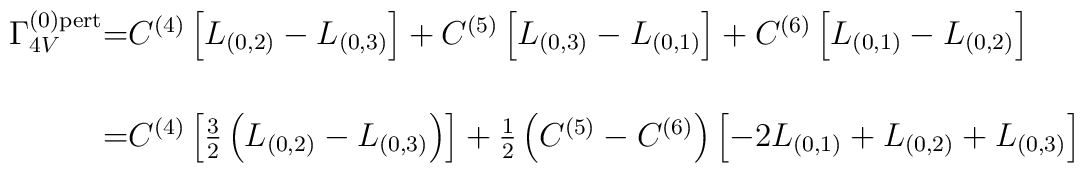
\begin{array}{r@{=}l}\Gamma^{(0){\rm{pert}}}_{4V} & C^{(4)} \left[ L_{(0,2)} - L_{(0,3)}\right] + C^{(5)} \left[ L_{(0,3)} - L_{(0,1)} \right] + C^{(6)}\left[ L_{(0,1)} - L_{(0,2)} \right]\\[4ex]\mbox{} & C^{(4)} \left[ \frac{3}{2} \left(L_{(0,2)} - L_{(0,3)} \right)\right] + \frac{1}{2} \left( C^{(5)} - C^{(6)} \right) \left[-2L_{(0,1)} + L_{(0,2)} + L_{(0,3)} \right]\end{array}